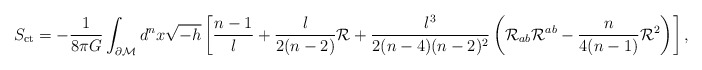
\begin{align*}S_{\rm ct}=-\frac{1}{8\pi G}\int_{\cal \partial M}d^nx \sqrt{-h} \left[ \frac{n-1}{l} +\frac{l}{2(n-2)}{\cal R}+ \frac{l^3}{2(n-4)(n-2)^2}\left( {\cal R}_{ab}{\cal R}^{ab} - \frac{n}{4(n-1)}{\cal R}^2\right) \right],\end{align*}